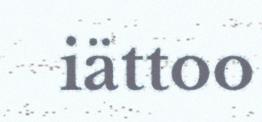
iättoo